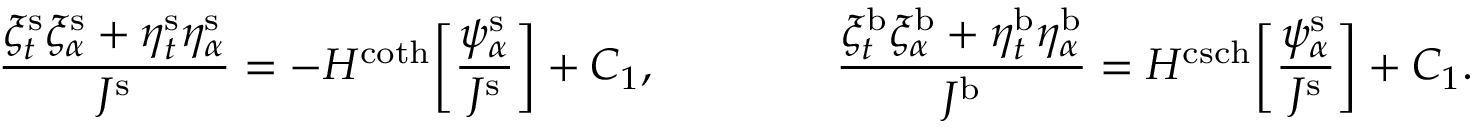
\frac { \xi _ { t } ^ { \mathrm { s } } \xi _ { \alpha } ^ { \mathrm { s } } + \eta _ { t } ^ { \mathrm { s } } \eta _ { \alpha } ^ { \mathrm { s } } } { J ^ { \mathrm { s } } } = - H ^ { \coth } \bigg [ \frac { \psi _ { \alpha } ^ { \mathrm { s } } } { J ^ { \mathrm { s } } } \bigg ] + C _ { 1 } , \qquad \qquad \frac { \xi _ { t } ^ { \mathrm { b } } \xi _ { \alpha } ^ { \mathrm { b } } + \eta _ { t } ^ { \mathrm { b } } \eta _ { \alpha } ^ { \mathrm { b } } } { J ^ { \mathrm { b } } } = H ^ { \operatorname { c s c h } } \bigg [ \frac { \psi _ { \alpha } ^ { \mathrm { s } } } { J ^ { \mathrm { s } } } \bigg ] + C _ { 1 } .